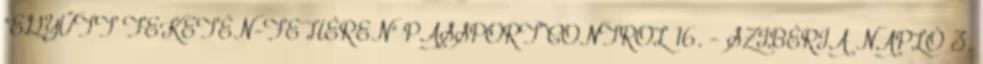
"EGYÜTT FEKETÉN-FEHÉREN" PASSPORT CONTROL 16. - SZIBÉRIA NAPLÓ 3.